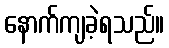
နောက်ကျခဲ့ရသည်။